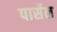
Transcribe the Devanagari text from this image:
पार्सेल